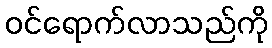
ဝင်ရောက်လာသည်ကို